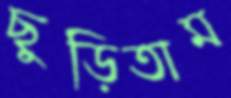
ছুড়িতাম